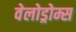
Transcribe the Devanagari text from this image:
वेलोड्रोम्स